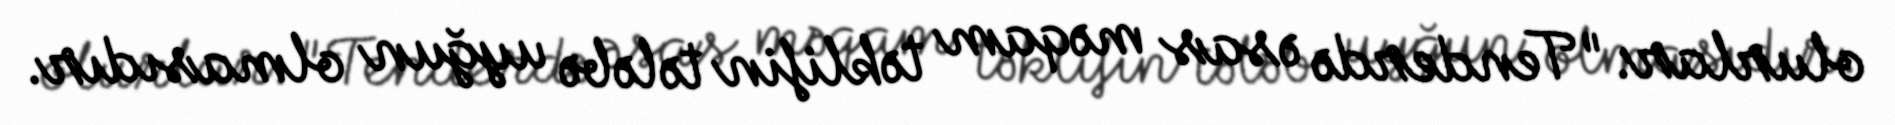
olurlar: "Tenderdə əsas məqam təklifin tələbə uyğun olmasıdır.